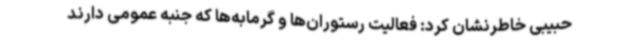
حبیبی خاطرنشان کرد: فعالیت رستوران‌ها و گرمابه‌ها که جنبه عمومی دارند